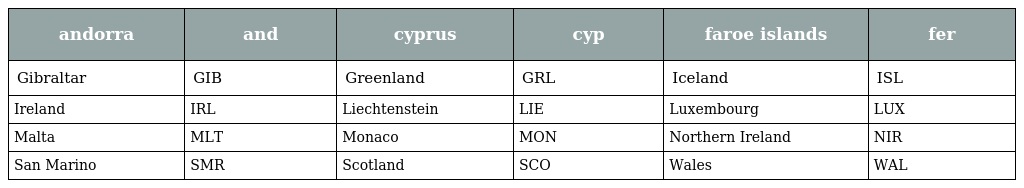
| andorra | and | cyprus | cyp | faroe islands | fer |
 | --- | --- | --- | --- | --- | --- |
 | Gibraltar | GIB | Greenland | GRL | Iceland | ISL |
 | Ireland | IRL | Liechtenstein | LIE | Luxembourg | LUX |
 | Malta | MLT | Monaco | MON | Northern Ireland | NIR |
 | San Marino | SMR | Scotland | SCO | Wales | WAL |